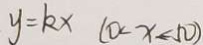
y = k x ( 0 < x < 5 0 )